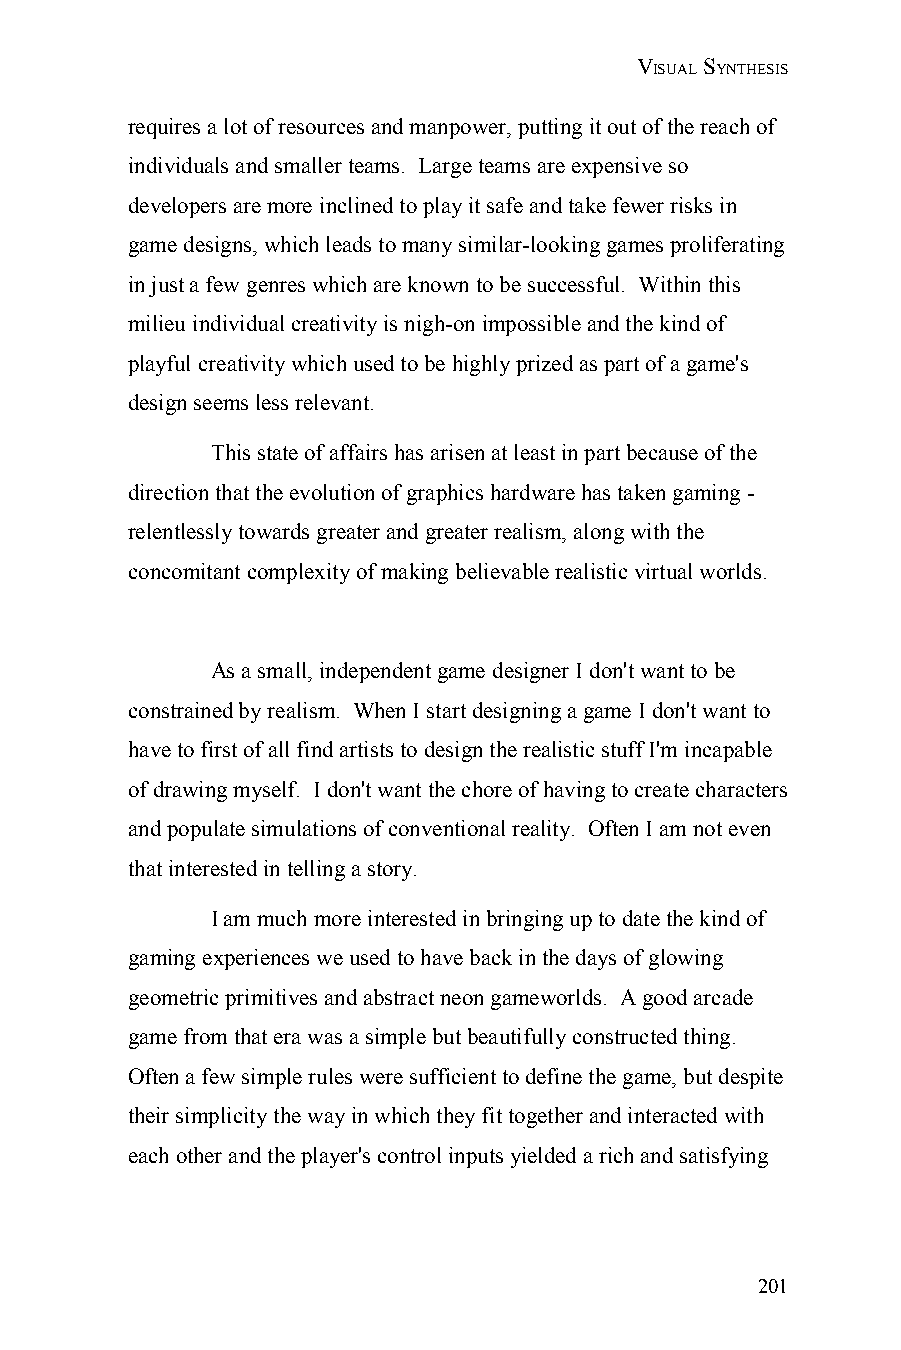
VISUAL SYNTHESIS
 requires a lot of resources and manpower, putting it out of the reach of
 individuals and smaller teams. Large teams are expensive so
 developers are more inclined to play it safe and take fewer risks in
 game designs, which leads to many similar-looking games proliferating
 in just a few genres which are known to be successful. Within this
 milieu individual creativity is nigh-on impossible and the kind of
 playful creativity which used to be highly prized as part of a game's
 design seems less relevant.
 This state of affairs has arisen at least in part because of the
 direction that the evolution of graphics hardware has taken gaming -
 relentlessly towards greater and greater realism, along with the
 concomitant complexity of making believable realistic virtual worlds.
 As a small, independent game designer I don't want to be
 constrained by realism. When I start designing a game I don't want to
 have to first of all find artists to design the realistic stuff I'm incapable
 of drawing myself. I don't want the chore of having to create characters
 and populate simulations of conventional reality. Often I am not even
 that interested in telling a story.
 I am much more interested in bringing up to date the kind of
 gaming experiences we used to have back in the days of glowing
 geometric primitives and abstract neon gameworlds. A good arcade
 game from that era was a simple but beautifully constructed thing.
 Often a few simple rules were sufficient to define the game, but despite
 their simplicity the way in which they fit together and interacted with
 each other and the player's control inputs yielded a rich and satisfying
 201